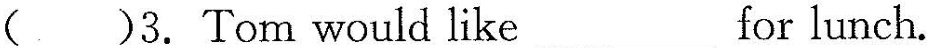
( )3.Tom would like___for lunch.